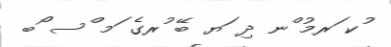
ުކ ަރމު ްނ ދި ަޔ ބޭ ުރގެ ަމ ްސ ޯބ